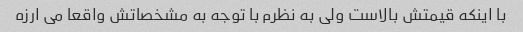
با اینکه قیمتش بالاست ولی به نظرم با توجه به مشخصاتش واقعا می ارزه